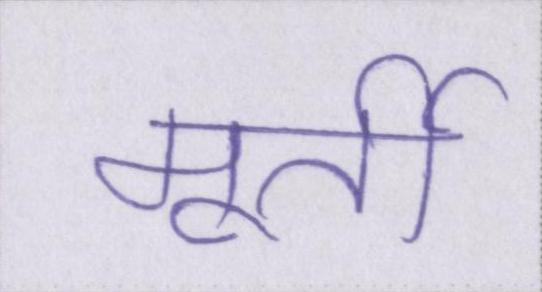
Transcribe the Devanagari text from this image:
मूर्ती